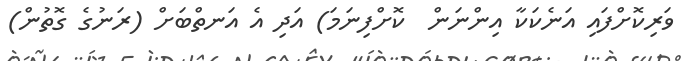
ވަރިކޮށްފައި އަނެކަކާ އިންނަން  ކޮށްފިނަމަ) އަދި އެ އަނތްބަށް (ރަނުގެ ގޮތުން)